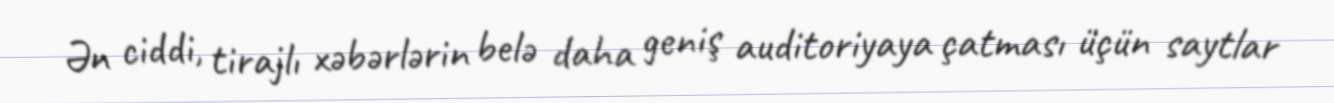
Ən ciddi, tirajlı xəbərlərin belə daha geniş auditoriyaya çatması üçün saytlar